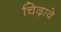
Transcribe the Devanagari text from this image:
चिढ़ावे